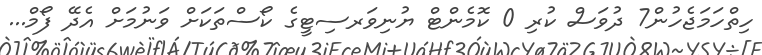
ހިތްހަމަޖެހުން7 ދުވަސް ކުރި 0 ކޮމެންޓް ޔުނިވަރސިޓީގެ ކޯސްތަކަށް ވަނުމަށް އެދޭ ފޯމް...